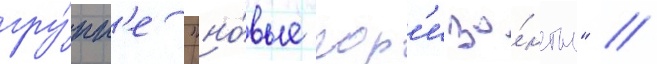
гру́пп'е "но́вые гор'изо́нты" //